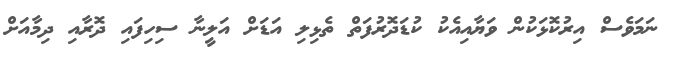
ނަމަވެސް އިރުކޮޅަކުން ވަޔާއިއެކު ކުޑަދޮރުފަތް ތެޅިލި އަޑަށް އަލީނާ ސިހިފައި ދޮރާއި ދިމާއަށް